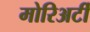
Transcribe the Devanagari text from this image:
मोरिअर्टी